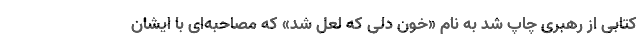
کتابی از رهبری چاپ شد به نام «خون دلی که لعل شد» که مصاحبه‌ای با ایشان